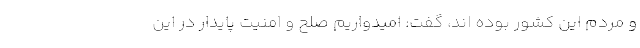
و مردم این کشور بوده اند، گفت: امیدواریم صلح و امنیت پایدار در این